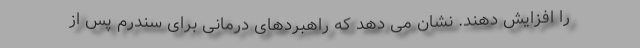
را افزایش دهند. نشان می دهد که راهبردهای درمانی برای سندرم پس از